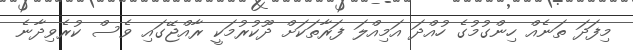
މިފަދަ ތަނެއް ހިންގުމުގެ ހުއްދަ އަމިއްލަ ފަރާތަކަށް ދޫކުރުމަކީ ރާއްޖޭގައި ވެސް ކުރެވިދާނެ